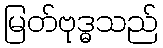
မြတ်ဗုဒ္ဓသည်